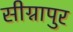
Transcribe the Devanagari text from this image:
सीग्नापुर